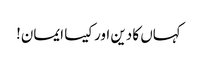
کہاں کا دین اور کیسا ایمان!